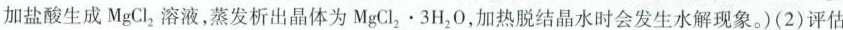
加盐酸生成MgCl_{2}溶液，蒸发析出晶体为MgCl_{2} ·3H_{2}O$$，加热脱结晶水时会发生水解现象。)(2)评估